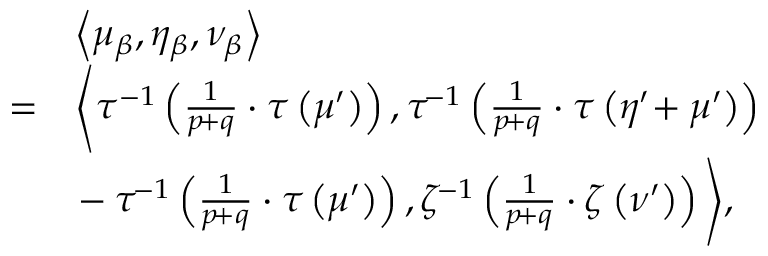
\begin{array} { r l } & { \left\langle \mu _ { \beta } , \eta _ { \beta } , \nu _ { \beta } \right\rangle } \\ { = } & { \Bigg \langle \tau ^ { - 1 } \left( \frac { 1 } { p \! + q } \cdot \tau \left( \mu ^ { \prime } \right) \right) , \tau ^ { \! - 1 } \left( \frac { 1 } { p \! + q } \cdot \tau \left( \eta ^ { \prime } \! + \mu ^ { \prime } \right) \right) \Bigg . } \\ & { \Bigg . \! - \tau ^ { \! - 1 } \left( \frac { 1 } { p \! + q } \cdot \tau \left( \mu ^ { \prime } \right) \right) , \zeta ^ { \! - 1 } \left( \frac { 1 } { p \! + q } \cdot \zeta \left( \nu ^ { \prime } \right) \right) \Bigg \rangle , } \end{array}